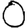
Digit: 0